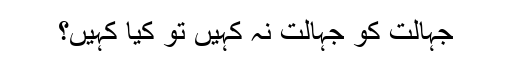
جہالت کو جہالت نہ کہیں تو کیا کہیں؟